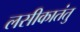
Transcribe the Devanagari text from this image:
लसीकातंतु